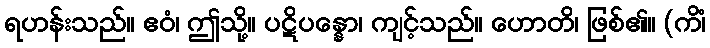
ရဟန်းသည်။ ဧဝံ၊ ဤသို့။ ပဋိပန္နော၊ ကျင့်သည်။ ဟောတိ၊ ဖြစ်၏။ (ကိံ၊